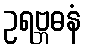
ဥရဗ္ဘဓနံ